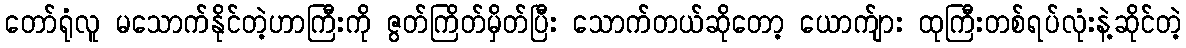
တော်ရုံလူ မသောက်နိုင်တဲ့ဟာကြီးကို ဇွတ်ကြိတ်မှိတ်ပြီး သောက်တယ်ဆိုတော့ ယောက်ျား ထုကြီးတစ်ရပ်လုံးနဲ့ဆိုင်တဲ့